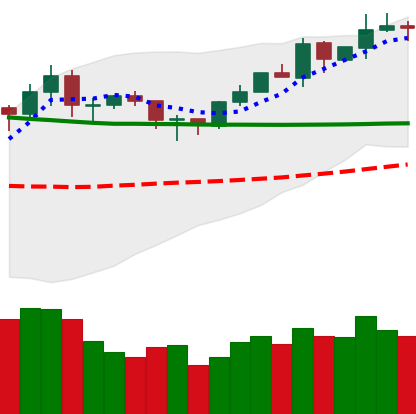
Ticker: ETH-USD
Chart end date: 2020-02-04
Forward return: 20.781%
Label: up_7plus